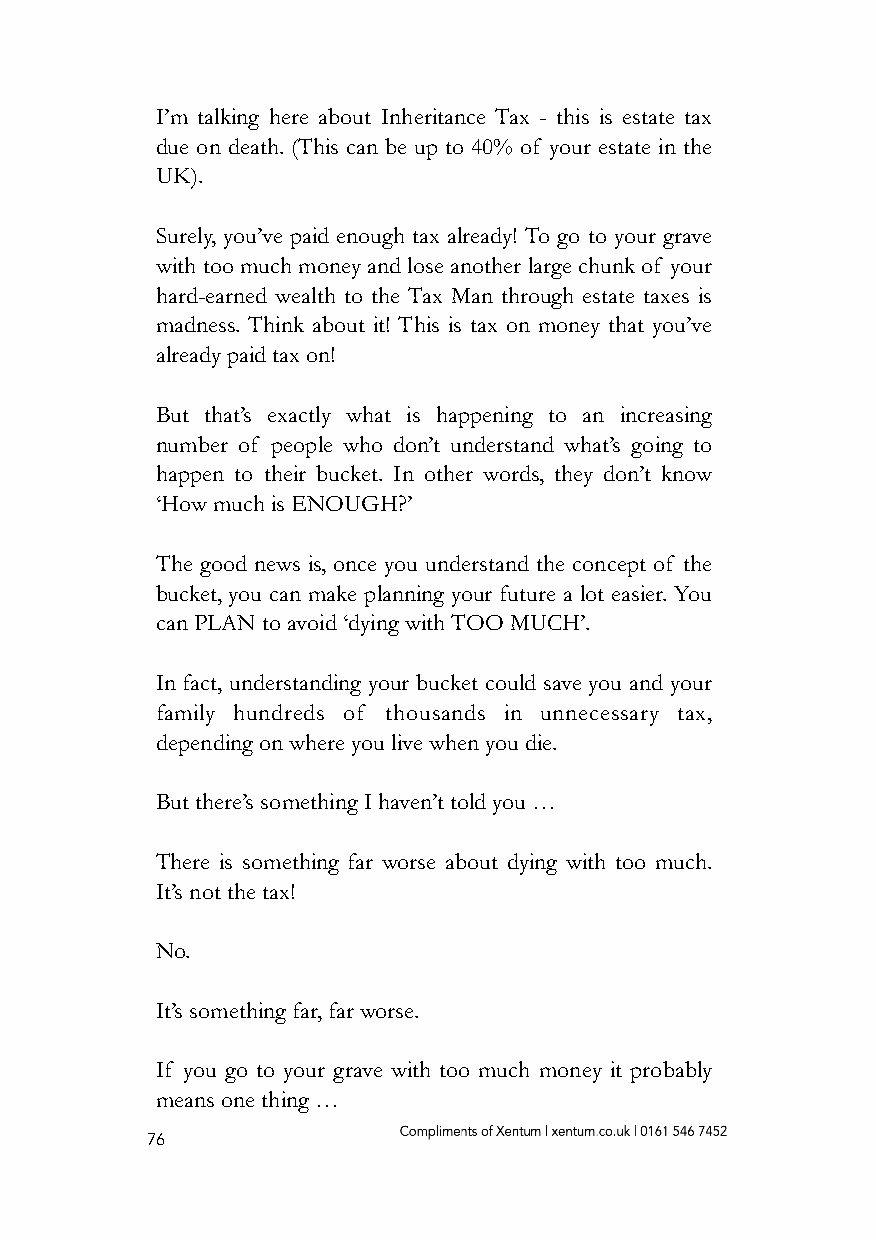
I’m talking here about Inheritance Tax - this is estate tax
 due on death. (This can be up to 40% of your estate in the
 UK).
 Surely, you’ve paid enough tax already! To go to your grave
 with too much money and lose another large chunk of your
 hard-earned wealth to the Tax Man through estate taxes is
 madness. Think about it! This is tax on money that you’ve
 already paid tax on!
 But that’s exactly what is happening to an increasing
 number of people who don’t understand what’s going to
 happen to their bucket. In other words, they don’t know
 ‘How much is ENOUGH?’
 The good news is, once you understand the concept of the
 bucket, you can make planning your future a lot easier. You
 can PLAN to avoid ‘dying with TOO MUCH’.
 In fact, understanding your bucket could save you and your
 family hundreds of thousands in unnecessary tax,
 depending on where you live when you die.
 But there’s something I haven’t told you …
 There is something far worse about dying with too much.
 It’s not the tax!
 No.
 It’s something far, far worse.
 If you go to your grave with too much money it probably
 means one thing …
 76